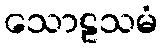
သောဠသမံ